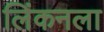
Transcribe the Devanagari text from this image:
लिंकनला